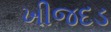
ખીજદડ